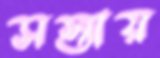
সস্তায়